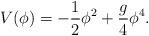
LaTeX: \begin{align*}V(\phi) = -\frac12 \phi^2 + \frac{g}{4} \phi^4. \end{align*}